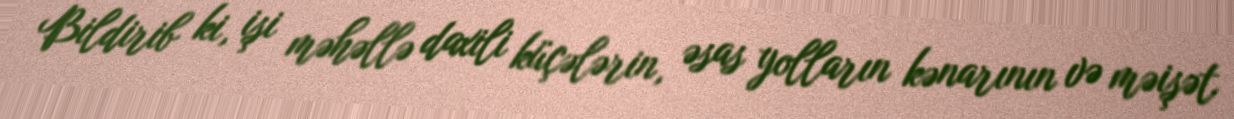
Bildirib ki, işi məhəllə daxili küçələrin, əsas yolların kənarının və məişət